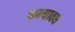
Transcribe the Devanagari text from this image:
कन्यावध